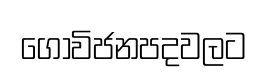
ගොවිජනපදවලට